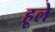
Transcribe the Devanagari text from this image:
हूले